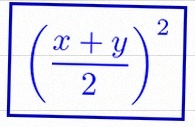
\left(\frac{x+y}{2}\right)^2